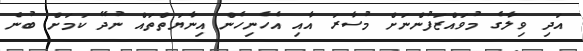
އަދި ވިލާގެ މުވައްޒަފުންނަށް މުސާރަ އާއި އެހެނިހެން އިނާޔަތްތައް ނުދޭ ކަމަށް ބުނެ